Report of the Indian Hemp Drugs Commission, 1894-1895 - Volume VI
Year: 1894
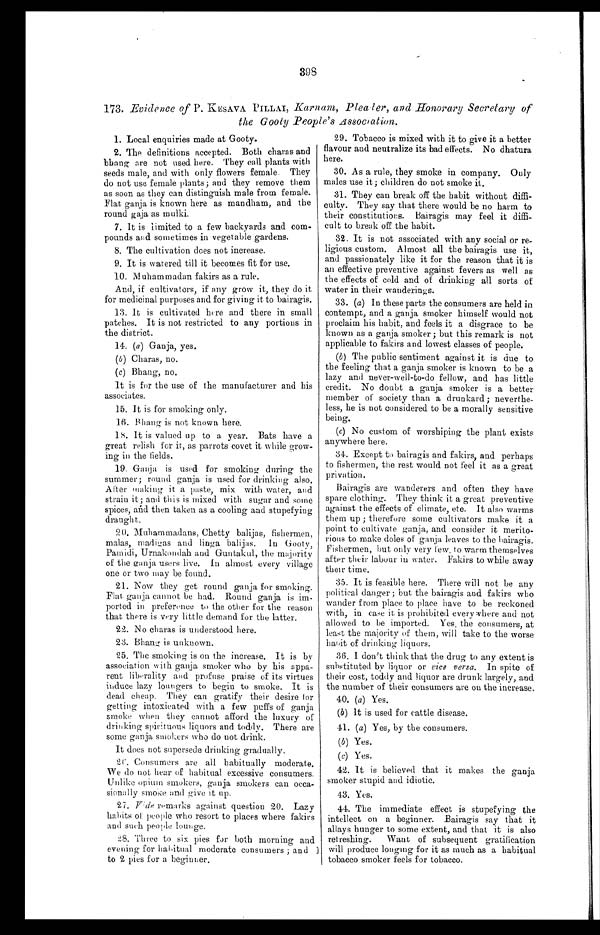
398
173. Evidence of P. KESAVA PILLAI, Karnam, Pleater, and Honorary Secretary of
the Gooty People's Association.
1. Local enquiries made at Gooty.
2. The definitions accepted. Both charas and
bhang are not used here. They call plants with
seeds male, and with only flowers female. They
do not use female plants; and they remove them
as soon as they can distinguish male from female.
Flat ganja is known here as mandham, and the
round gaja as mulki.
7. It is limited to a few backyards and com-
pounds and sometimes in vegetable gardens.
8. The cultivation does not increase.
9. It is watered till it becomes fit for use.
10. Muhammadan fakirs as a rule.
And, if cultivators, if any grow it, they do it
for medicinal purposes and for giving it to bairagis.
13. It is cultivated here and there in small
patches. It is not restricted to any portions in
the district.
14. (a) Ganja, yes.
(b) Charas, no.
(c) Bhang, no.
It is for the use of the manufacturer and his
associates.
15. It is for smoking only.
16.
Bhang is not known here.
18. It is valued up to a year. Bats have a
great relish for it, as parrots covet it while grow-
ing in the fields.
19.
Ganja is used for smoking during the
summer; round ganja is used for drinking also.
After making it a paste, mix with water, and
strain it; and this is mixed with sugar and some
spices, and then taken as a cooling and stupefying
draught.
20. Muhammadans, Chetty balijas, fishermen,
males, madigas and linga balijas. In Gooty,
Pamidi Urnakondah and Guntakul, the majority
of the ganja users live. In almost every village
one or two may be found.
21. Now they get round ganja for smoking.
Flat ganja cannot be had. Round ganja is im-
ported in preference to the other for the reason
that there is very little demand for the latter.
22. No charas is understood here.
23. Bhang is unknown.
25, The smoking is on the increase. It is by
association with ganja smoker who by his appa-
rent liberality and profuse praise of its virtues
induce lazy loungers to begin to smoke. It is
dead cheap. They can gratify their desire for
getting intoxicated with a few puffs of ganja
smoke when they cannot afford the luxury of
drinking spirituous liquors and toddy. There are
some ganja smokers who do not drink.
It does not supersede drinking gradually.
26. Consumers are all habitually moderate.
We do not hear of habitual excessive consumers.
Unlike opium smokers, ganja smokers can occa-
sionally smoke and give it up.
27. Vide remarks against question 20. Lazy
habits of people who resort to places where fakirs
and such people lounge.
28. Three to six pies for both morning and
evening for habitual moderate consumers ; and
1 to 2 pies for a beginner.
29. Tobacco is mixed with it to give it a better
flavour and neutralize its bad effects. No dhatura
here.
30. As a rule, they smoke in company. Only
males use it; children do not smoke it.
31. They can break off the habit without diffi-
culty. They say that there would be no harm to
their constitutions. Bairagis may feel it diffi-
cult to break off the habit.
32. It is not associated with any social or re-
ligious custom. Almost all the bairagis use it,
and passionately like it for the reason that it is
an effective preventive against fevers as well as
the effects of cold and of drinking all sorts of
water in their wanderings.
33. (a) In these parts the consumers are held in
contempt, and a ganja smoker himself would not
proclaim his habit, and feels it a disgrace to be
known as a ganja smoker ; but this remark is not
applicable to fakirs and lowest classes of people.
(b) The public sentiment against it is due to
the feeling that a ganja smoker is known to be a
lazy and never-well-to-do fellow, and has little
credit. No doubt a ganja smoker is a better
member of society than a drunkard; neverthe-
less, he is not considered to be a morally sensitive being.
(c) No custom of worshiping the plant exists
anywhere here.
34. Except to bairagis and fakirs, and perhaps
to fishermen, the rest would not feel it as a great
privation.
Bairagis are wanderers and often they have
spare clothing. They think it a great preventive
against the effects of climate, etc. It also warms
them up ; therefore some cultivators make it a
point to cultivate ganja, and consider it merito-
rious to make doles of ganja leaves to the bairagis.
Fishermen, but only very few, to warm themselves
after their labour in water. Fakirs to while away
their time.
35. It is feasible here. There will not be any
political danger ; but the bairagis and fakirs who
wander from place to place have to be reckoned
with, in case it is prohibited every where and not
allowed to be imported. Yes, the consumers, at
least the majority of them, will take to the worse
habit of drinking liquors.
36. I don't think that the drug to any extent is
substituted by liquor or vice versa. In spite of
their cost, toddy and liquor are drunk largely, and
the number of their consumers are on the increase.
40. (a) Yes.
(b) It is used for cattle disease.
41. (a) Yes, by the consumers.
(b) Yes.
(c) Yes.
42. It is believed that it makes the ganja
smoker stupid and idiotic.
43. Yes.
44. The immediate effect is stupefying the
intellect on a beginner. Bairagis say that it
allays hunger to some extent, and that it is also
refreshing. Want of subsequent gratification
will produce longing for it as much as a habitual
tobacco smoker feels for tobacco.